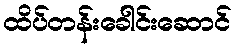
ထိပ်တန်းခေါင်းဆောင်